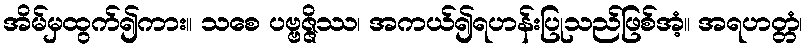
အိမ်မှထွက်၍ကား။ သစေ ပဗ္ဗဇ္ဇိဿ၊ အကယ်၍ရဟန်းပြုသည်ဖြစ်အံ့။ အရဟတ္တံ၊